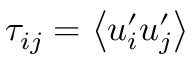
\tau _ { i j } = \left< u _ { i } ^ { \prime } u _ { j } ^ { \prime } \right>